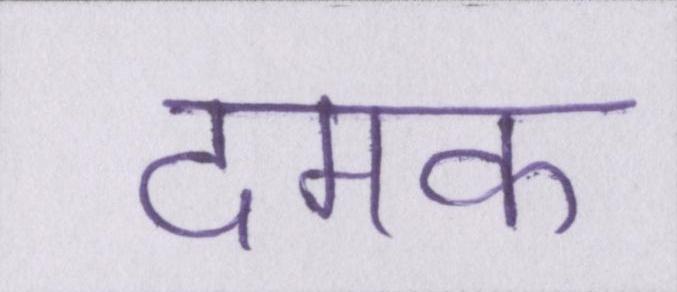
दमक